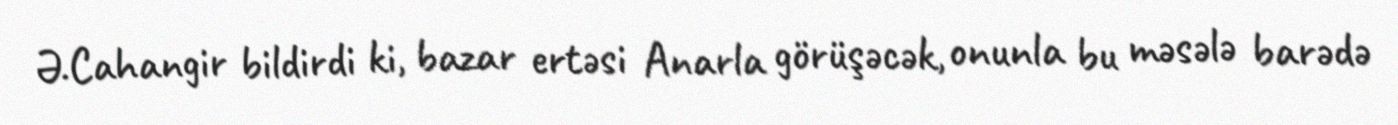
Ə.Cahangir bildirdi ki, bazar ertəsi Anarla görüşəcək, onunla bu məsələ barədə